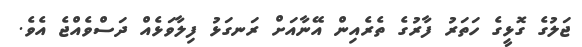
ޖަލުގެ ގޮޅީގެ ހަތަރު ފާރުގެ ތެރެއިން އޭނާއަށް ރަނގަޅު ފިލާވަޅެއް ދަސްވެއްޖެ އެވެ.